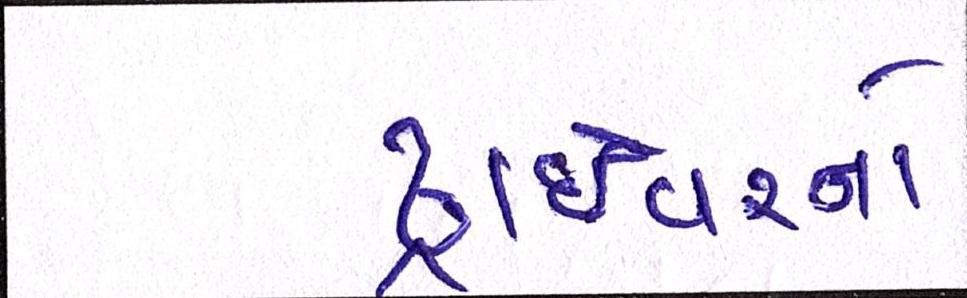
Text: ડ્રાઇવરનો